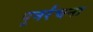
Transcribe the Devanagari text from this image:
पुनर्रंचना